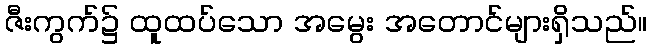
ဇီးကွက်၌ ထူထပ်သော အမွေး အတောင်များရှိသည်။